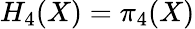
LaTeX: H_{4}(X)=\pi_{4}(X)